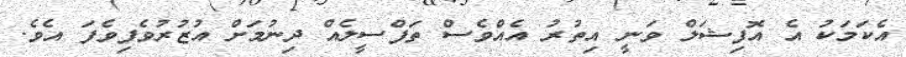
އެކަމަކު އެ އޮފިޝަލް ވަނީ އިތުރު އެއްވެސް ތަފްސީލެއް ދިނުމަށް އުޒުރުވެފިވެފަ އެވެ.